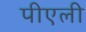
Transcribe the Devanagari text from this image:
पीएली